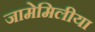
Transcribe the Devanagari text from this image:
जामेमिलीया